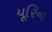
યૂરિન